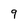
Character: 9